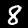
Label: 8